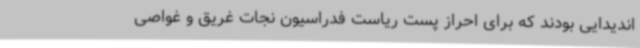
اندیدایی بودند که برای احراز پست ریاست فدراسیون نجات غریق و غواصی